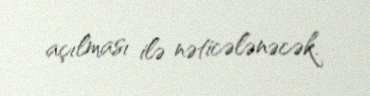
açılması ilə nəticələnəcək.